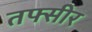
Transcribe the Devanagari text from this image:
तफ्सीर